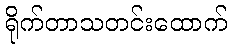
ရိုက်တာသတင်းထောက်